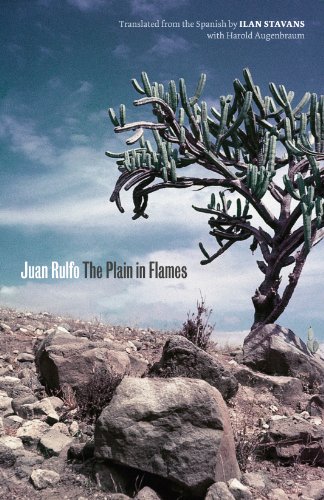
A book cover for The Plain in Flames (Joe R. and Teresa Lozana Long Series in Latin American and Latino Art and Culture); Juan Rulfo; Literature & Fiction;